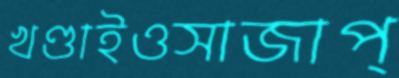
খণ্ডাইওসাজাপ্